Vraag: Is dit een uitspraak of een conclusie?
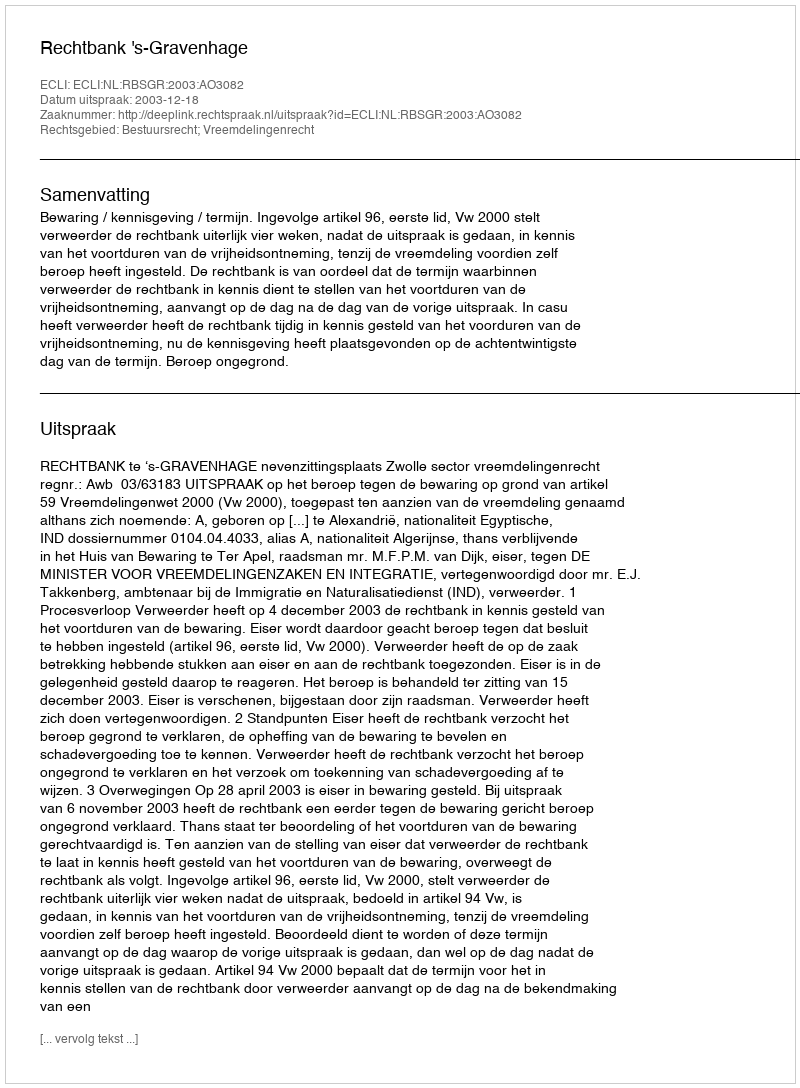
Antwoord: Uitspraak